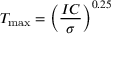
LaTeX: T _ { \mathrm { m a x } } = \left( { \frac { I C } { \sigma } } \right) ^ { 0 . 2 5 }